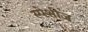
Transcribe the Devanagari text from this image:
स्पेशीज